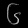
Digit: ၆